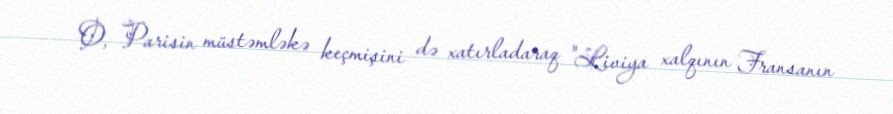
O, Parisin müstəmləkə keçmişini də xatırladaraq "Liviya xalqının Fransanın